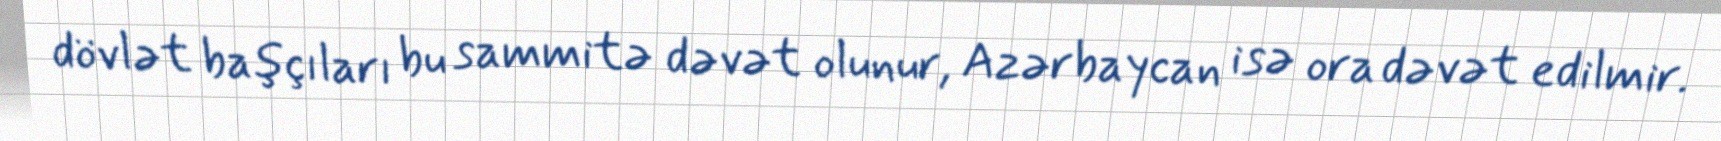
dövlət başçıları bu sammitə dəvət olunur, Azərbaycan isə ora dəvət edilmir.